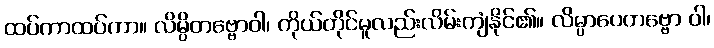
ထပ်ကာထပ်ကာ။ လိမ္ပိတဗ္ဗောဝါ၊ ကိုယ်တိုင်မူလည်းလိမ်းကျံနိုင်၏။ လိမ္ပာပေတဗ္ဗော ဝါ၊